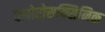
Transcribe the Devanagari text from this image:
क्लोरोसक्सिनिक